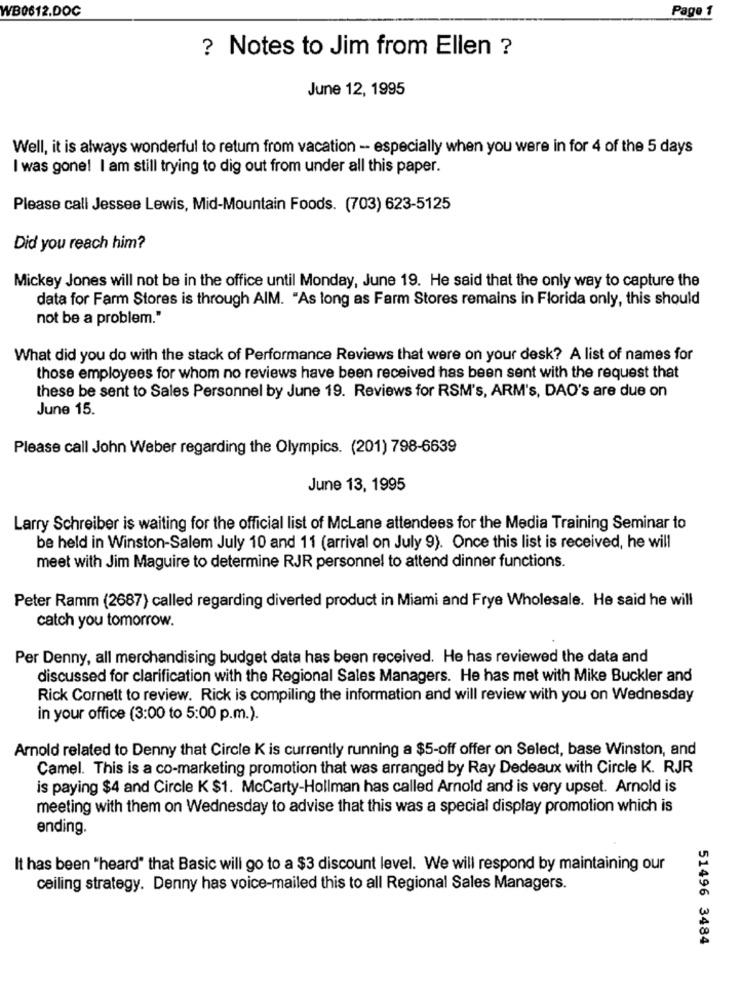
WB0612.DOC
Page 1
? Notes to Jim from Ellen ?
June 12, 1995
Well, it is always wonderful to retum from vacation - especially when you were in for 4 of the 5 days
I was gone! I am still trying to dig out from under all this paper.
Please call Jessee Lewis, Mid-Mountain Foods. (703) 623-5125
Did you reach him?
Mickey Jones will not be in the office until Monday, June 19. He said that the only way to capture the
data for Farm Stores is through AIM. "As long as Farm Stores remains in Florida only, this should
not be a problem."
What did you do with the stack of Performance Reviews that were on your desk? A list of names for
those employees for whom no reviews have been received has been sent with the request that
these be sent to Sales Personnel by June 19. Reviews for RSM's, ARM's, DAO's are due on
June 15.
Please call John Weber regarding the Olympics. (201) 798-6639
June 13, 1995
Larry Schreiber is waiting for the official list of McLane attendees for the Media Training Seminar to
be held in Winston-Salem July 10 and 11 (arrival on July 9). Once this list is received, he will
meet with Jim Maguire to determine RJR personnel to attend dinner functions.
Peter Ramm (2687) called regarding diverted product in Miami and Frye Wholesale. He said he will
catch you tomorrow.
Per Denny, all merchandising budget data has been received. He has reviewed the data and
discussed for clarification with the Regional Sales Managers. He has met with Mike Buckler and
Rick Cornett to review. Rick is compiling the information and will review with you on Wednesday
in your office (3:00 to 5:00 p.m.).
Arnold related to Denny that Circle K is currently running a $5-off offer on Select, base Winston, and
Camel. This is a co-marketing promotion that was arranged by Ray Dedeaux with Circle K. RJR
is paying $4 and Circle K $1. McCarty-Hollman has called Arnold and is very upset. Arnold is
meeting with them on Wednesday to advise that this was a special display promotion which is
ending.
It has been "heard" that Basic will go to a $3 discount level. We will respond by maintaining our
ceiling strategy. Denny has voice-mailed this to all Regional Sales Managers.
51496 3484